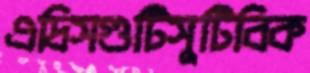
এদ্রিসগুটিসুটিবিক